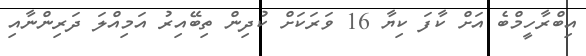
އިބްރާހީމްބެ އަށް ކާފަ ކިޔާ 16 ވަރަކަށް ކުދިން ތިބޭއިރު އަމިއްލަ ދަރިންނާއި